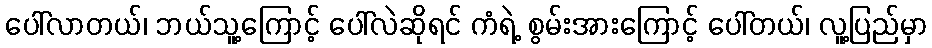
ပေါ်လာတယ်၊ ဘယ်သူ့ကြောင့် ပေါ်လဲဆိုရင် ကံရဲ့ စွမ်းအားကြောင့် ပေါ်တယ်၊ လူ့ပြည်မှာ